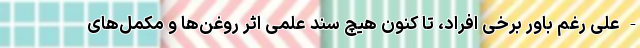
- علی رغم باور برخی افراد، تا کنون هیچ سند علمی اثر روغن‌ها و مکمل‌های